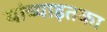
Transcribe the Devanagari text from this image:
यांच्याइतका